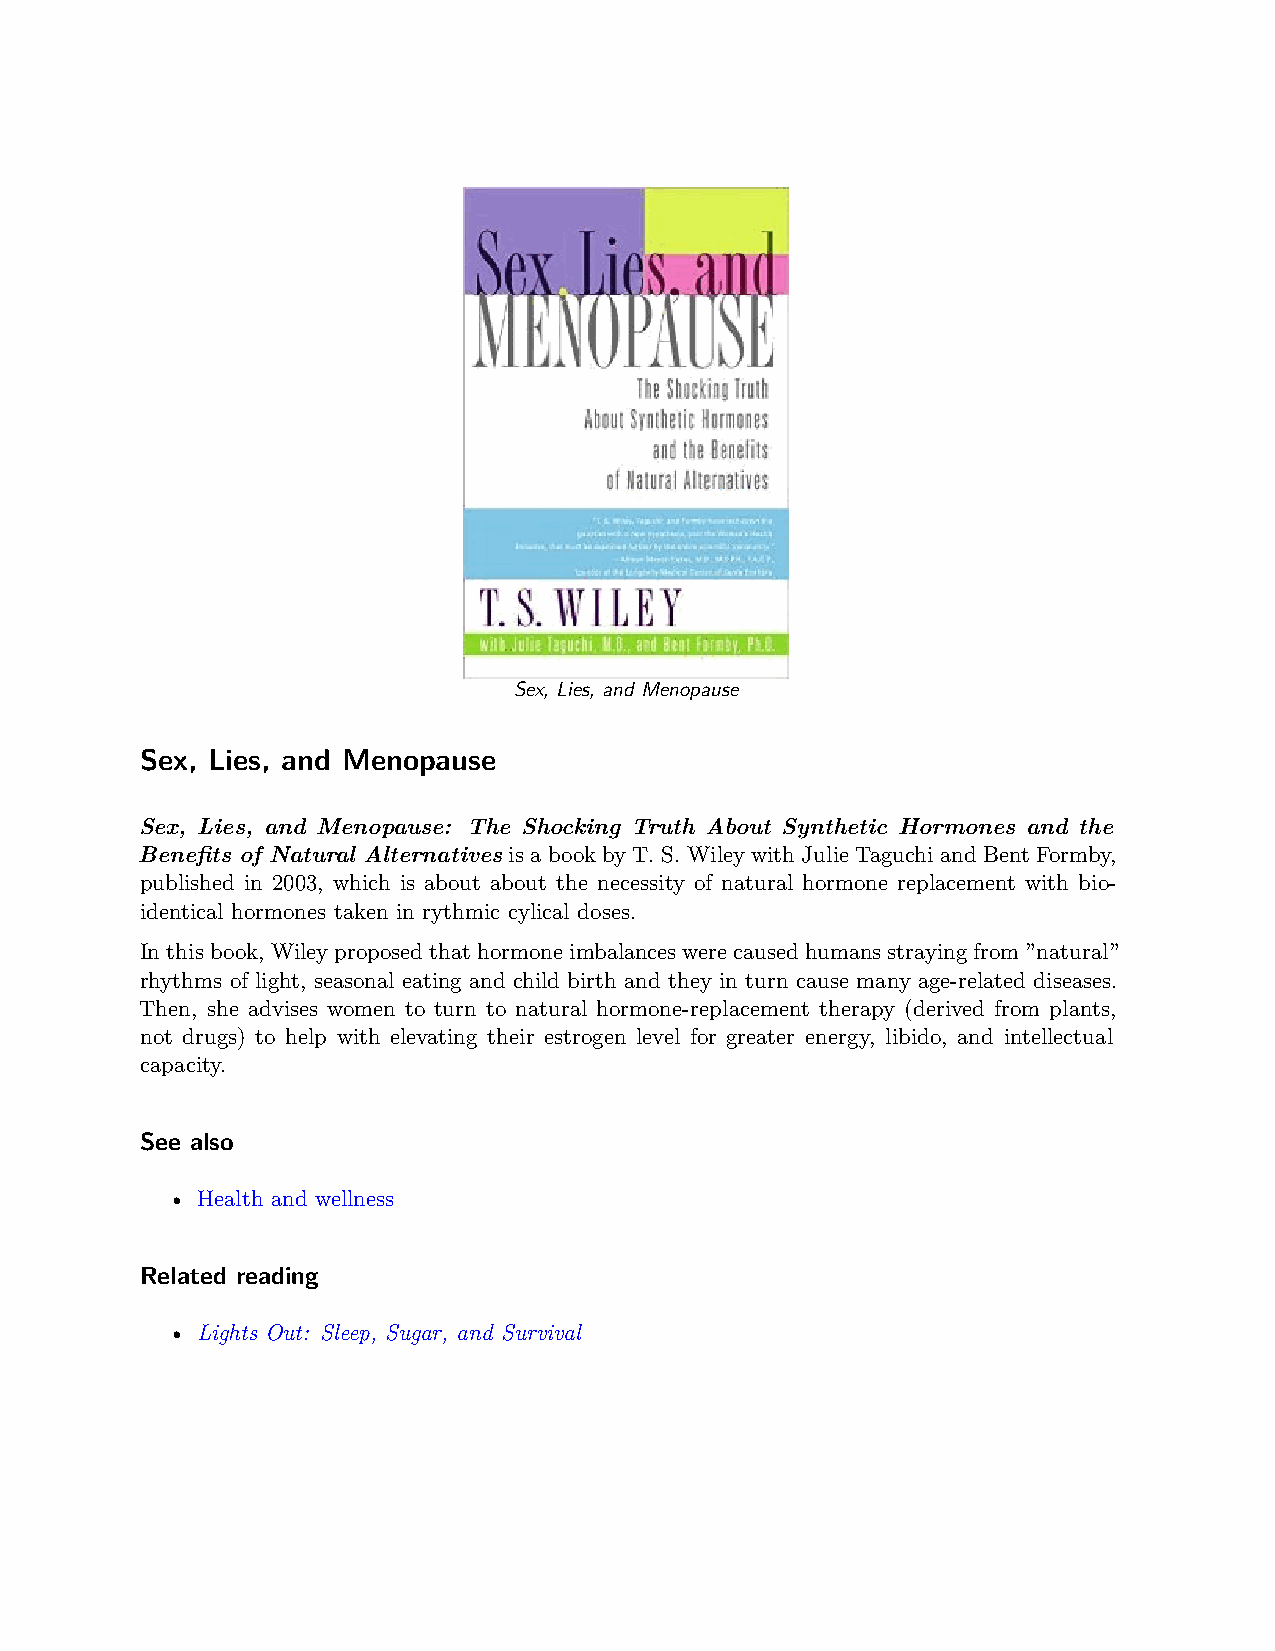
Sex, Lies, and Menopause
 Sex, Lies, and Menopause
 Sex, Lies, and Menopause: The Shocking Truth About Synthetic Hormones and the
 Benefits of Natural Alternatives is a book by T. S. Wiley with Julie Taguchi and Bent Formby,
 published in 2003, which is about about the necessity of natural hormone replacement with bio-
 identical hormones taken in rythmic cylical doses.
 Inthisbook,Wileyproposedthathormoneimbalanceswerecausedhumansstrayingfrom”natural”
 rhythms of light, seasonal eating and child birth and they in turn cause many age-related diseases.
 Then, she advises women to turn to natural hormone-replacement therapy (derived from plants,
 not drugs) to help with elevating their estrogen level for greater energy, libido, and intellectual
 capacity.
 See also
 • Health and wellness
 Related reading
 • Lights Out: Sleep, Sugar, and Survival